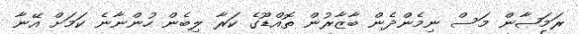
ރަމަޞާން މަސް ނިމެންދެން ބާޒާރުން ތޮއްޑޫގެ ކަރާ ލިބެން ހުންނާނެ ކަމަށް އޭނާ